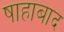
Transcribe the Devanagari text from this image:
षाहाबाद